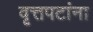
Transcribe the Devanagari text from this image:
वृत्तपटांना